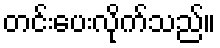
တင်းပေးလိုက်သည်။